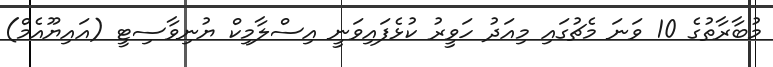
މުބާރާތުގެ 10 ވަނަ މެޗުގައި މިއަދު ހަވީރު ކުޅެފައިވަނީ އިސްލާމިކް ޔުނިވާސިޓީ (އައިޔޫއެމް)